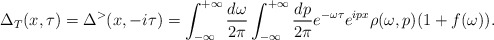
\begin{align*}\Delta_T (x,\tau) = \Delta^> (x,-i\tau)= \int_{-\infty}^{+\infty} \frac{d\omega}{2\pi} \int_{-\infty}^{+\infty} \frac{d p}{2\pi} e^{-\omega \tau} e^{i px} \rho(\omega,p)(1+f(\omega)). \end{align*}